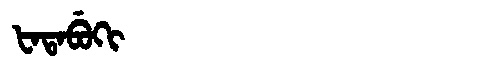
Manchu: ᡶᠠᡨᠠᠪᡠᡴᡳ
Romanization: FATABUKI